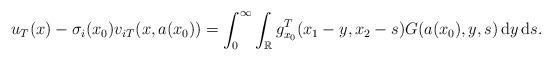
LaTeX: \begin{align*} u_T(x) - \sigma_i(x_0) v_{iT}(x, a(x_0)) = \int_{0}^{\infty} \int_{\mathbb{R}} g_{x_0}^T(x_1- y, x_2-s) G(a(x_0), y, s) \, \textrm{d} y \, \textrm{d} s.\end{align*}